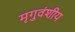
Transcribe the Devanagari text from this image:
मृगुवंशीय